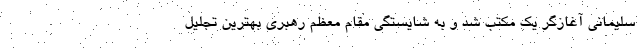
سلیمانی آغازگر یک مکتب شد و به شایستگی مقام معظم رهبری بهترین تجلیل